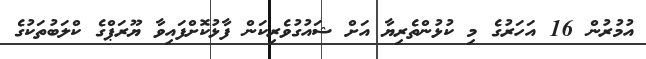
އުމުރުން 16 އަހަރުގެ މި ކުޅުންތެރިޔާ އަށް ޝައުގުވެރިކަން ފާޅުކޮށްފައިވާ ޔޫރަޕްގެ ކްލަބުތަކުގެ